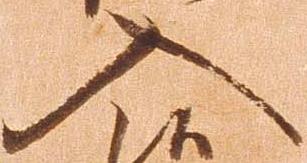
入